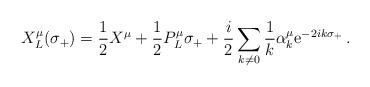
LaTeX: \begin{align*}X^{\mu}_{L}(\sigma_{+})= \frac{1}{2}X^{\mu} + \frac{1}{2}P^{\mu}_{L}\sigma_{+} + \frac{i}{2}\sum_{k\neq 0}\frac{1}{k}\alpha^{\mu}_{k} \mbox{e}^{-2ik\sigma_{+}} \,.\end{align*}